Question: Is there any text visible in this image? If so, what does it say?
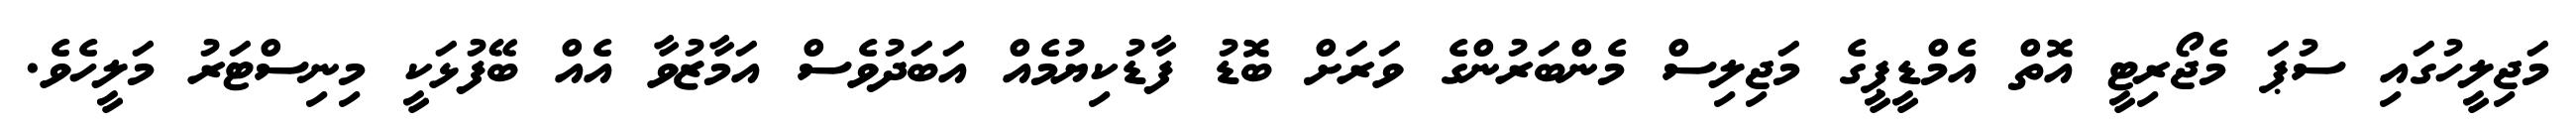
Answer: މަޖިލީހުގައި ސުޕަ މެޖޯރިޓީ އޮތް އެމްޑީޕީގެ މަޖިލިސް މެންބަރުންގެ ވަރަށް ބޮޑު ފާޑުކިޔުމެއް އަބަދުވެސް އަމާޒުވާ އެއް ބޭފުޅަކީ މިނިސްޓަރު މަލީހެވެ.